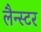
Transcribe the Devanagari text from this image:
लैन्स्टर